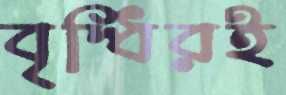
বৃদ্ধিরই